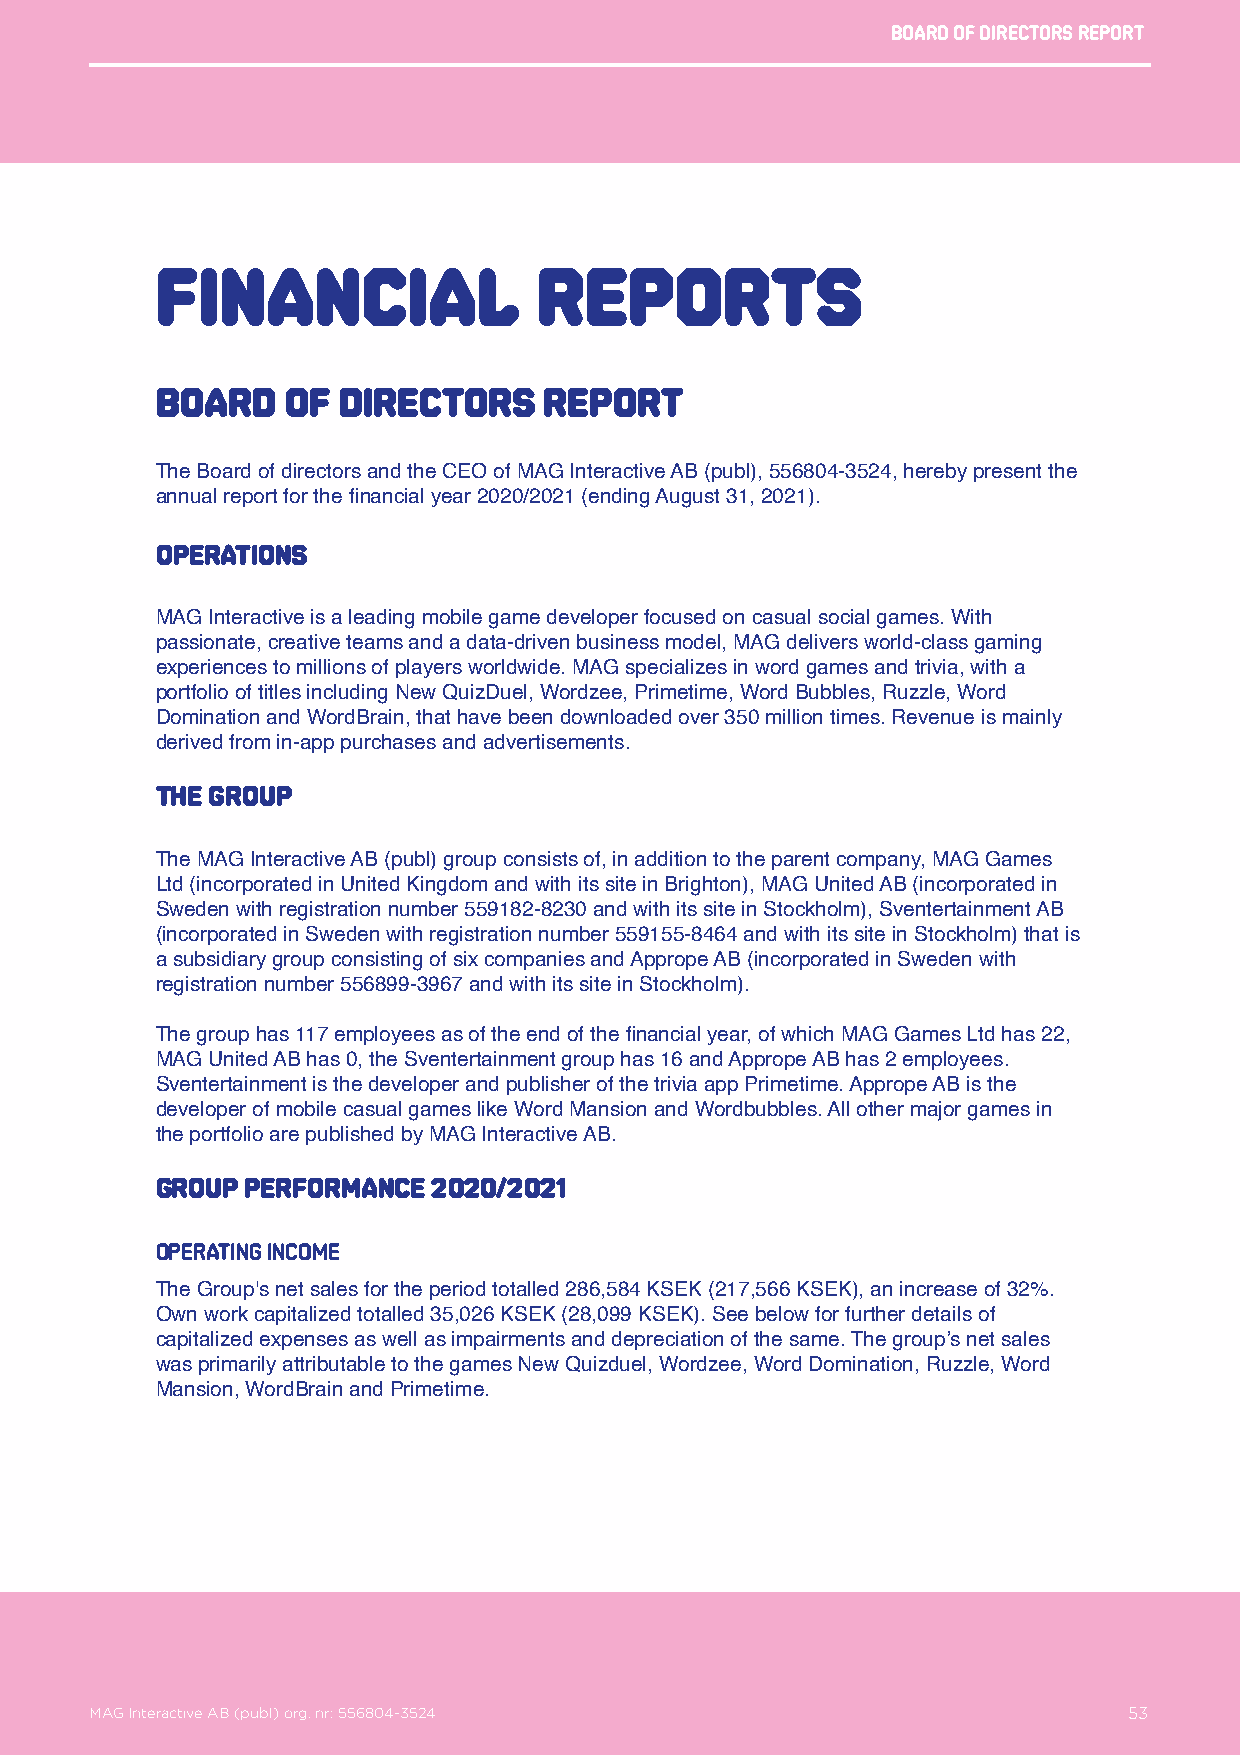
Board of directors report
 Financial                 reports
 Board    of directors     report
 The Board of directors and the CEO of MAG Interactive AB (publ), 556804-3524, hereby present the
 annual report for the financial year 2020/2021 (ending August 31, 2021).
 Operations
 MAG Interactive is a leading mobile game developer focused on casual social games. With
 passionate, creative teams and a data-driven business model, MAG delivers world-class gaming
 experiences to millions of players worldwide. MAG specializes in word games and trivia, with a
 portfolio of titles including New QuizDuel, Wordzee, Primetime, Word Bubbles, Ruzzle, Word
 Domination and WordBrain, that have been downloaded over 350 million times. Revenue is mainly
 derived from in-app purchases and advertisements.
 The GROUP
 The MAG Interactive AB (publ) group consists of, in addition to the parent company, MAG Games
 Ltd (incorporated in United Kingdom and with its site in Brighton), MAG United AB (incorporated in
 Sweden with registration number 559182-8230 and with its site in Stockholm), Sventertainment AB
 (incorporated in Sweden with registration number 559155-8464 and with its site in Stockholm) that is
 a subsidiary group consisting of six companies and Apprope AB (incorporated in Sweden with
 registration number 556899-3967 and with its site in Stockholm).
 The group has 117 employees as of the end of the financial year, of which MAG Games Ltd has 22,
 MAG United AB has 0, the Sventertainment group has 16 and Apprope AB has 2 employees.
 Sventertainment is the developer and publisher of the trivia app Primetime. Apprope AB is the
 developer of mobile casual games like Word Mansion and Wordbubbles. All other major games in
 the portfolio are published by MAG Interactive AB.
 Group performance  2020/2021
 Operating income
 The Group's net sales for the period totalled 286,584 KSEK (217,566 KSEK), an increase of 32%.
 Own work capitalized totalled 35,026 KSEK (28,099 KSEK). See below for further details of
 capitalized expenses as well as impairments and depreciation of the same. The group’s net sales
 was primarily attributable to the games New Quizduel, Wordzee, Word Domination, Ruzzle, Word
 Mansion, WordBrain and Primetime.
 MAG Interactive AB (publ) org. nr: 556804-3524                   53
 MAG Interactive AB (publ) org. nr: 556804-3524                       53